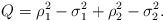
LaTeX: \begin{align*}Q=\rho_1^2-\sigma_1^2+\rho_2^2-\sigma_2^2.\end{align*}